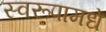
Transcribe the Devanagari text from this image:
स्वरूपामधे